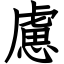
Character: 慮